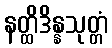
နတ္ထိဒိန္နသုတ္တံ